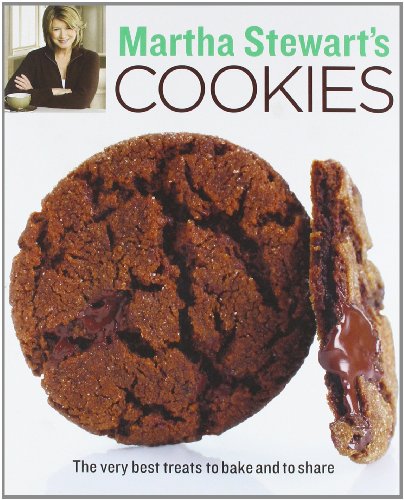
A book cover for Martha Stewart's Cookies: The Very Best Treats to Bake and to Share; Martha Stewart Living Magazine; Cookbooks, Food & Wine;